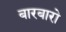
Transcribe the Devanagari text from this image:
बारबारो